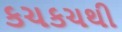
કચકચથી